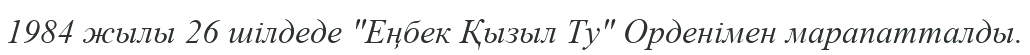
1984 жылы 26 шілдеде "Еңбек Қызыл Ту" Орденімен марапатталды.